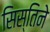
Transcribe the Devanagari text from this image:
सिस्तिने